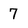
Character: 7